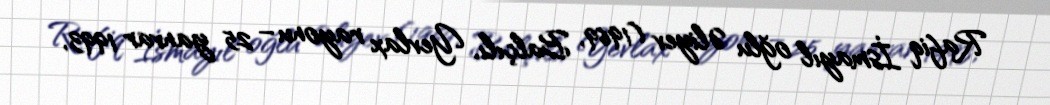
Rafiq İsmayıl oğlu Əliyev (1969, Balçılı, Yevlax rayonu – 25 yanvar 1993,